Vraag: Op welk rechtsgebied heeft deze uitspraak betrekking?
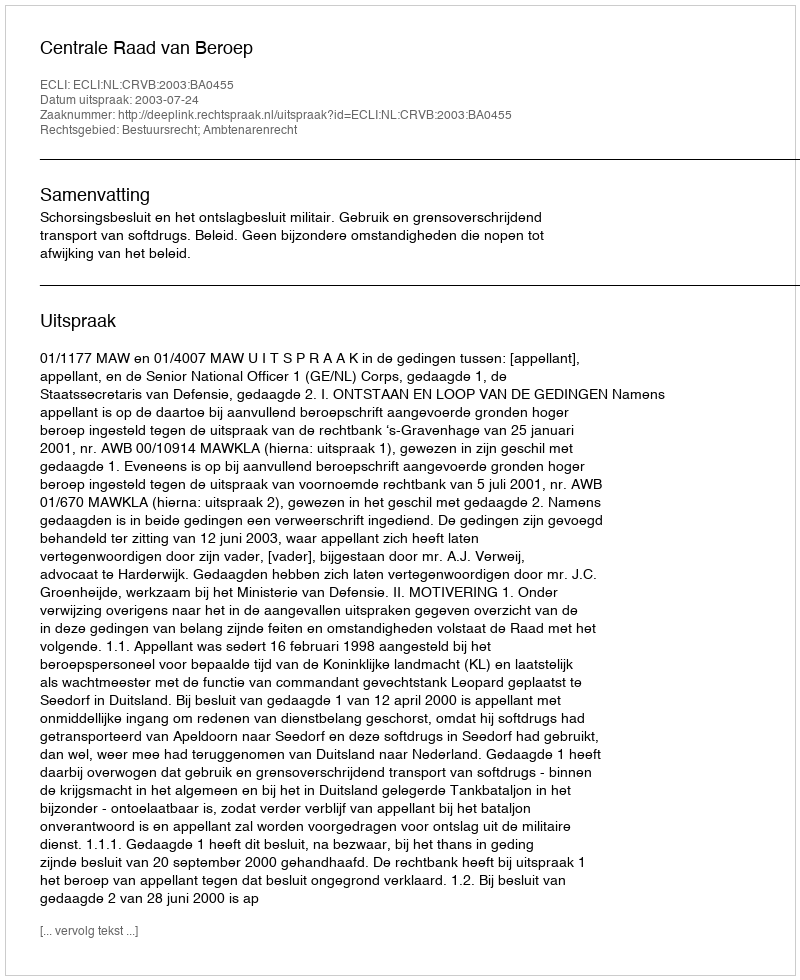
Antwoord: Bestuursrecht; Ambtenarenrecht